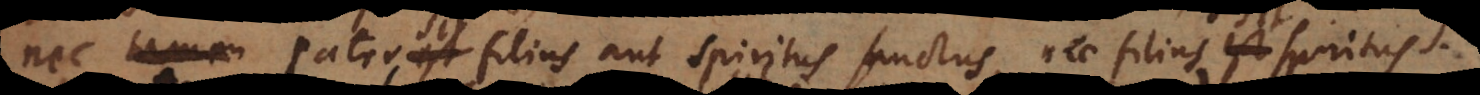
nec tamen Pater est filius aut Spiritus Sanctus, nec filius est Spiritus